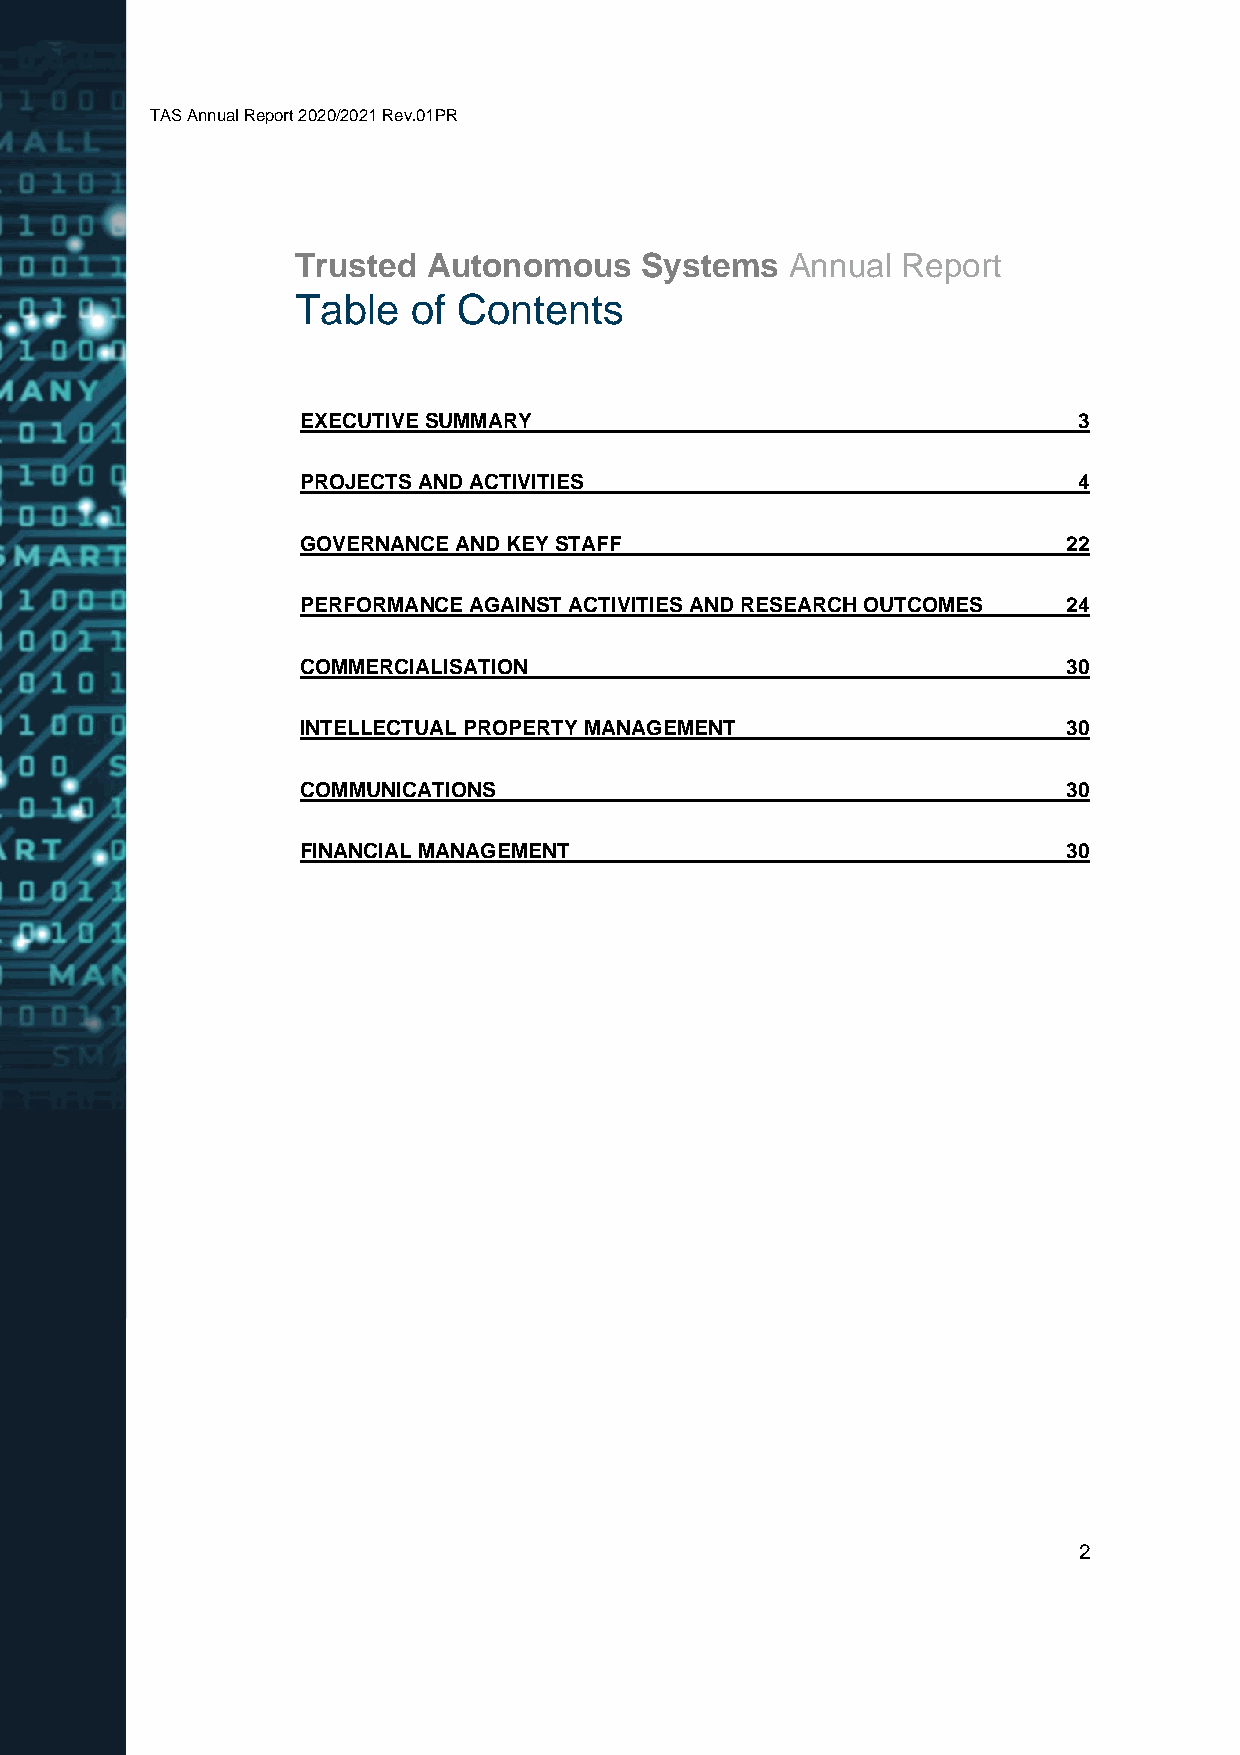
TAS Annual Report 2020/2021 Rev.01PR
 Trusted Autonomous    Systems   Annual  Report
 Table  of Contents
 EXECUTIVE SUMMARY                                  3
 PROJECTS AND ACTIVITIES                            4
 GOVERNANCE AND KEY STAFF                           22
 PERFORMANCE AGAINST ACTIVITIES AND RESEARCH OUTCOMES 24
 COMMERCIALISATION                                  30
 INTELLECTUAL PROPERTY MANAGEMENT                   30
 COMMUNICATIONS                                     30
 FINANCIAL MANAGEMENT                               30
 2